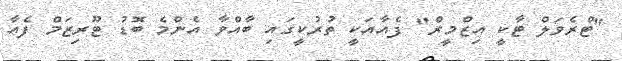
"ޓްރެވަލް ޓާކީ އިޒްމީރް" ފެއާއަކީ ތުރުކީގައި ބާއްވާ އެންމެ ބޮޑު ޓޫރިޒަމް ފެއާ